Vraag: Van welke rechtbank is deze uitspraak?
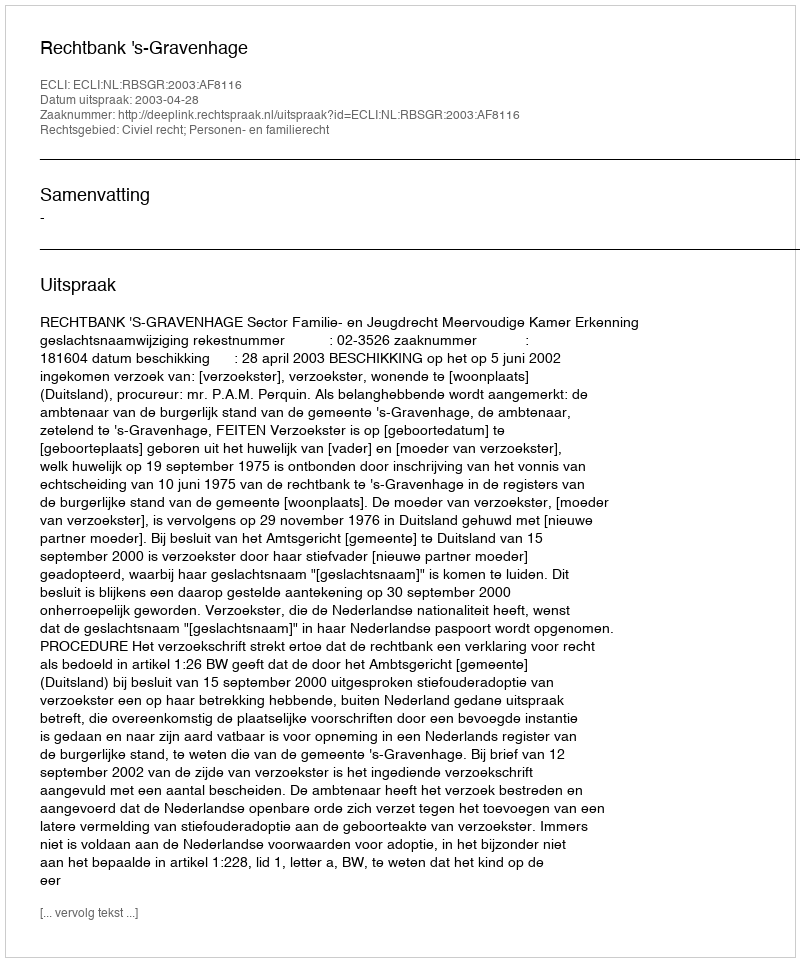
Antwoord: Rechtbank 's-Gravenhage